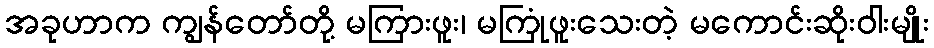
အခုဟာက ကျွန်တော်တို့ မကြားဖူး၊ မကြုံဖူးသေးတဲ့ မကောင်းဆိုးဝါးမျိုး